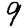
Digit: 9